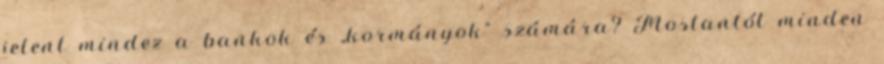
jelent mindez a bankok és „kormányok” számára? Mostantól minden